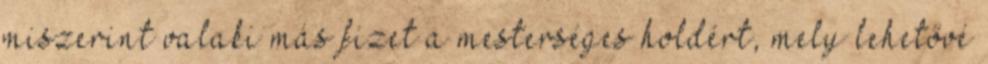
miszerint valaki más fizet a mesterséges holdért, mely lehetővé